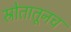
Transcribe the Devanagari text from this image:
स्रोतातूनच